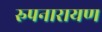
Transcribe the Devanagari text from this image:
रुपनारायण